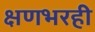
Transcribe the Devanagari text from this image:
क्षणभरही